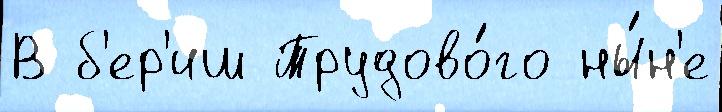
В б'ер'иш Трудово́го ны́н'е